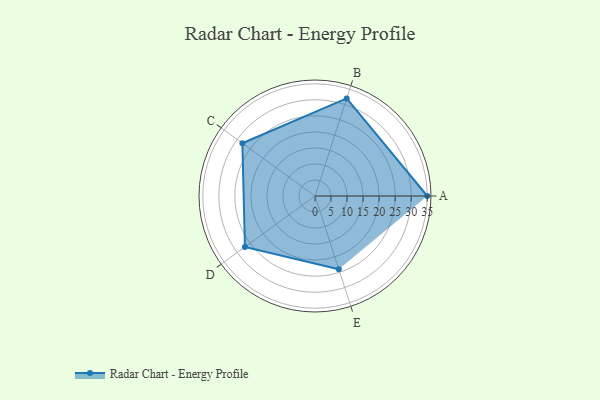
{"axis": {"x": "Skill", "y": "Score"}, "legend": ["Profile"], "data": [{"x": "A", "y": 35.0, "type": "Profile"}, {"x": "B", "y": 32.0, "type": "Profile"}, {"x": "C", "y": 28.0, "type": "Profile"}, {"x": "D", "y": 27.0, "type": "Profile"}, {"x": "E", "y": 24.0, "type": "Profile"}]}